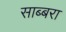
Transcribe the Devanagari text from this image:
साब्बरा